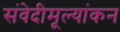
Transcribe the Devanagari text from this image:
संवेदीमूल्यांकन